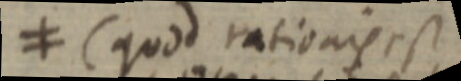
≠ (quod rationis est